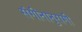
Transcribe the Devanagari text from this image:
संगीतानुरागी